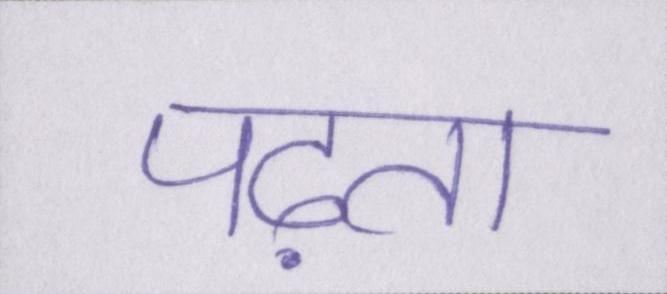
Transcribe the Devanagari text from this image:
पढ़ता